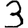
Digit: 3